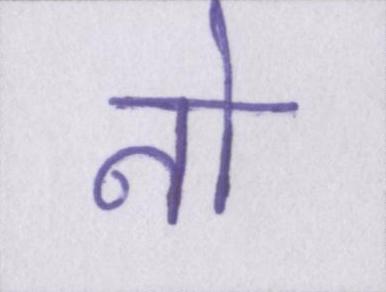
नो